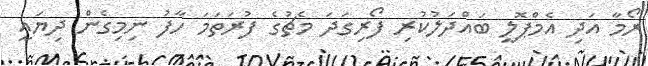
ރޯމާ އަދި އެމްޕޮލީ ބައްދަލުކުރި ފޯރިގަދަ މެޗުގެ ފުރަތަމަ ހާފު ނިމިގެން ދިޔައީ